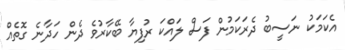
އެކަމަކު ނަސީބު ދެރަކަމުން ފަަސް ލައްކަ ރުފިޔާ ބޭކާރުވެ ދެން ހަދާނެ ގޮތެއް